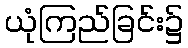
ယုံကြည်ခြင်း၌